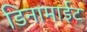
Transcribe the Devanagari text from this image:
डिनामाईट